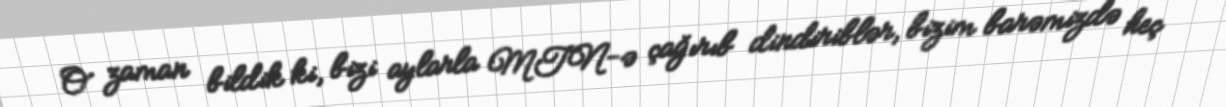
O zaman bildik ki, bizi aylarla MTN-ə çağırıb dindiriblər, bizim barəmizdə heç